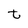
Character: t